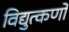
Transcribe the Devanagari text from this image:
विद्युत्कणों